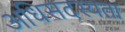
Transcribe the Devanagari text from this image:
अधिसदस्यता